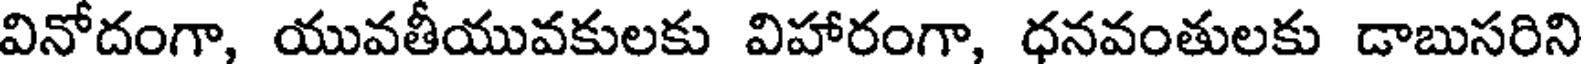
వినోదంగా, యువతీయువకులకు విహారంగా, ధనవంతులకు డాబుసరిని